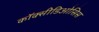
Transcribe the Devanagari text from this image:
कॉक्सीडिओसिस